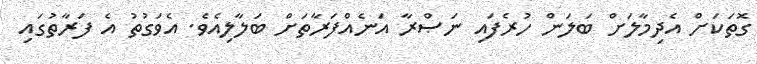
ގޮތަކަށް އެދިމާލަށް ބަލަން ހުރެފައި ނަޞްރާ އަނެއްފަރާތަށް ބަލާލިއެވެ. އެވަގުތު އެ ފަރާތުގައި